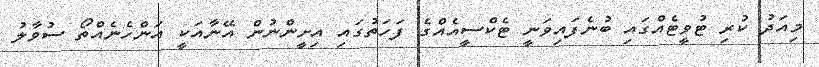
މިއަދު ކުރި ޓުވީޓެއްގައި ބުނެފައިވަނީ ޓެކްސީއެއްގެ ފަހަތުގައި އިށީންނުން އޭނާއަކީ އަންހެނެއްތޯ ސުވާލު